Document type: Sale
Year: 1209
Scribe: Arnau de Torre
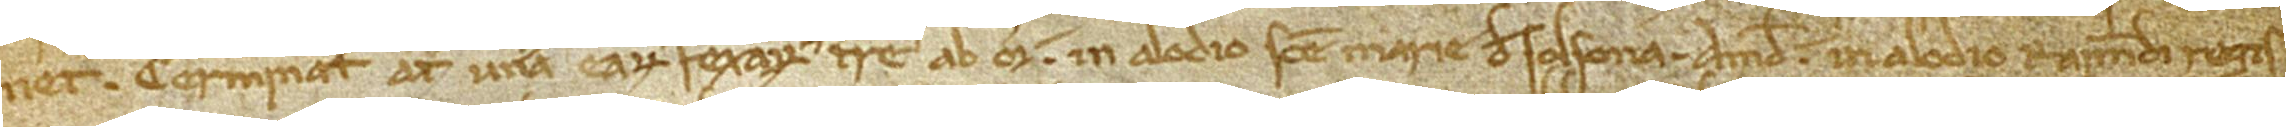
net.Terminatur autem una earum fexarum terre ab oriente in alodio Sancte Marie de Solsona; a meridie in alodio Raimundi Regis